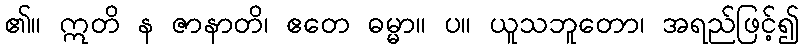
၏။ ဣတိ န ဇာနာတိ၊ ဧတေ ဓမ္မာ။ ပ။ ယူသဘူတော၊ အရည်ဖြင့်၍